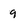
Character: 9